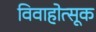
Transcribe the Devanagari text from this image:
विवाहोत्सूक